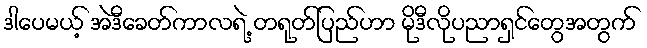
ဒါပေမယ့် အဲဒီခေတ်ကာလရဲ့ တရုတ်ပြည်ဟာ မိုဒီလိုပညာရှင်တွေအတွက်